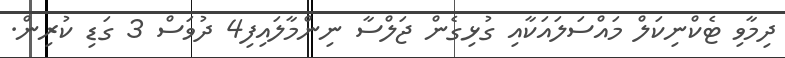
ދިމާވި ޓެކްނިކަލް މައްސަލައަކާއި ގުޅިގެން ޖަލްސާ ނިންމާލައިފި4 ދުވަސް 3 ގަޑި ކުރިން.